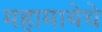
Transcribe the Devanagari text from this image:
महामायेचे